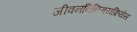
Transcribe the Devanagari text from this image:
जीवनविनिमयक्रियेस